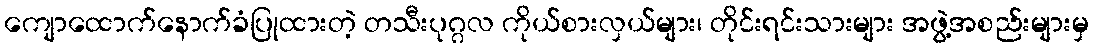
ကျောထောက်နောက်ခံပြုထားတဲ့ တသီးပုဂ္ဂလ ကိုယ်စားလှယ်များ၊ တိုင်းရင်းသားများ အဖွဲ့အစည်းများမှ